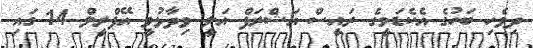
ދިވެހި ބަހުގެ އެކެޑަމީގެ ރައީސް އަޝްރަފް އަލީ ވިދާޅުވީ އޭޕްރީލް 14 ގައި